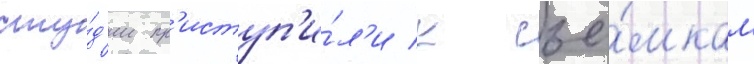
сту́д'ии пр'иступ'и́л'и к съё́мкам